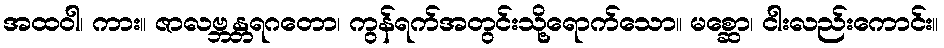
အထဝါ၊ ကား။ ဇာလဗ္ဘန္တရဂတော၊ ကွန်ရက်အတွင်းသို့ရောက်သော။ မစ္ဆော၊ ငါးလည်းကောင်း။